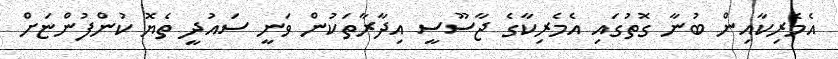
އެމެރިކާއިން ބުނާ ގޮތުގައި އެމެރިކާގެ ޖާސޫސީ އިދާރާތަކުން ވަނީ ސައުދީ ތެޔޮ ކުންފުންޏަށް